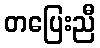
တပြေးညီ